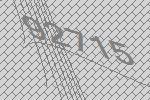
92715